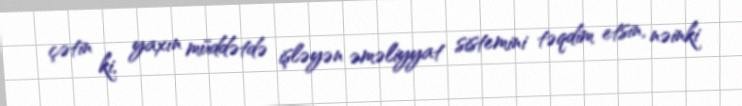
çətin ki, yaxın müddətdə işləyən əməliyyat sistemini təqdim etsin, nəinki